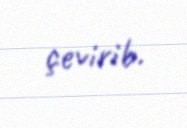
çevirib.